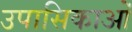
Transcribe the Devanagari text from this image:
उपासिकाओं